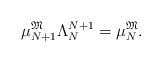
LaTeX: \begin{align*}\mu^{\mathfrak{M}}_{N+1}\Lambda_N^{N+1}=\mu^{\mathfrak{M}}_N.\end{align*}